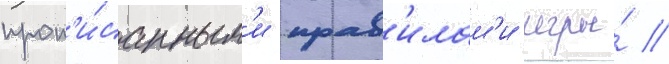
проп'и́санным'и прав'илам'и игры́ //